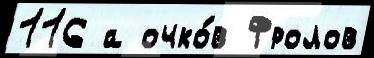
116 а очко́в Фролов